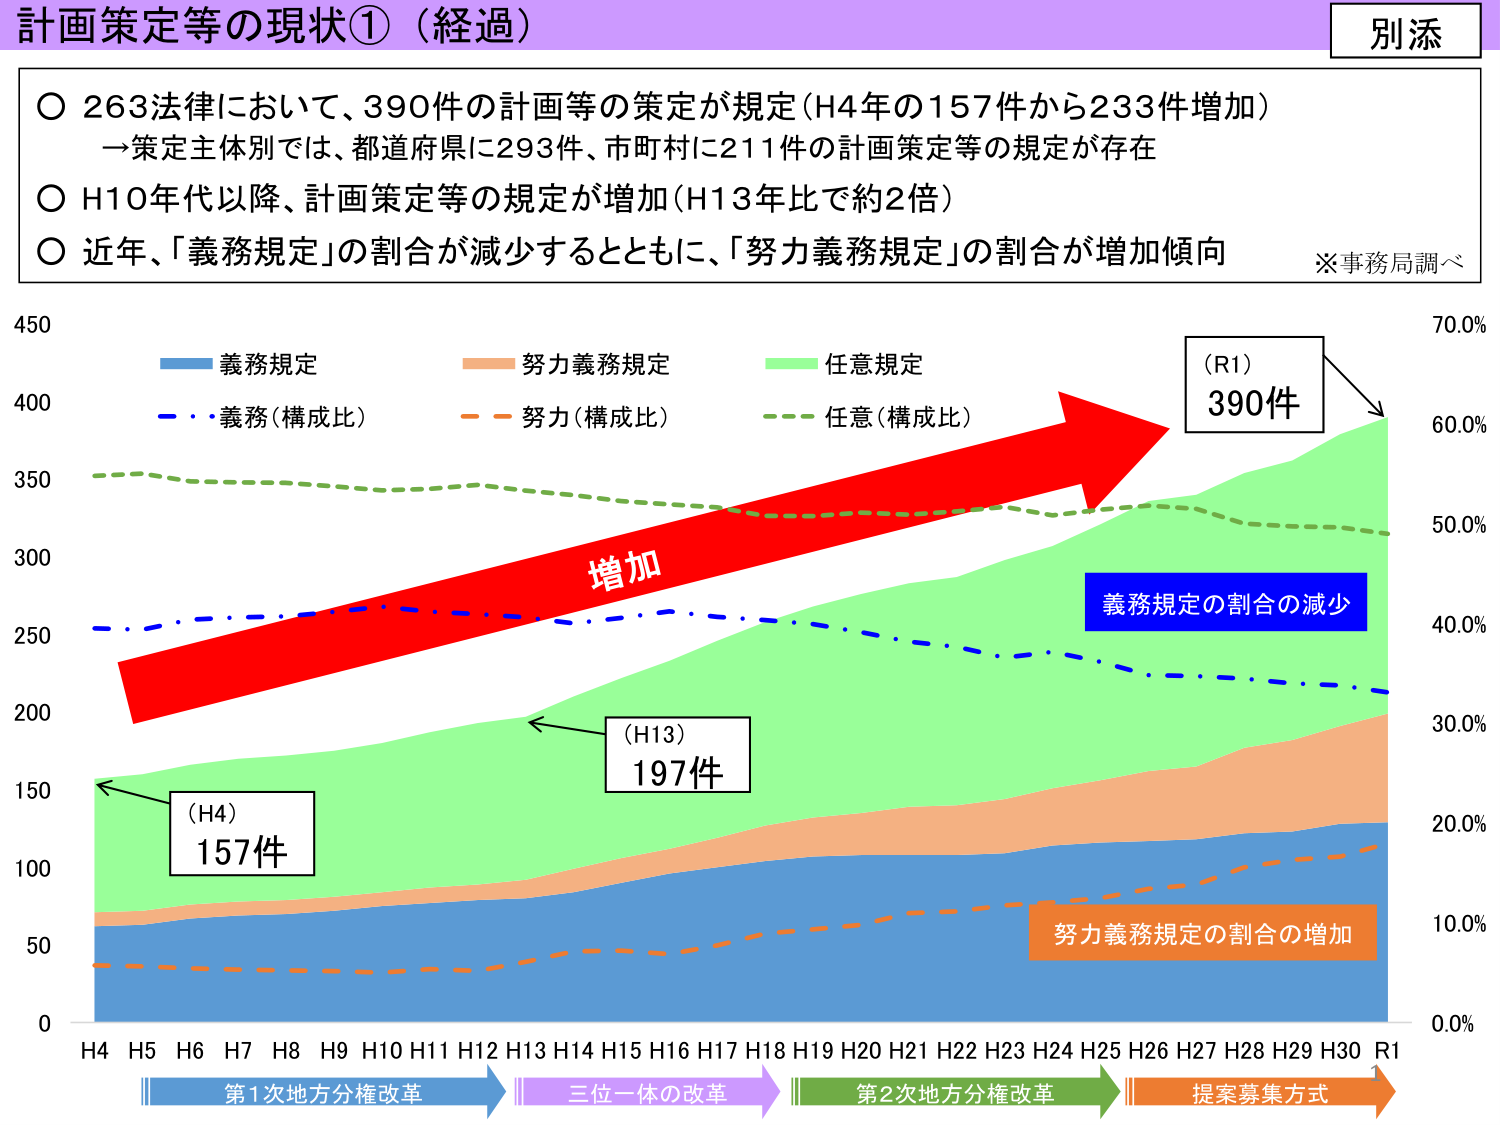
計画策定等の現状①（経過）
別添

○ 263法律において、390件の計画等の策定が規定（H4年の157件から233件増加）
→策定主体別では、都道府県に293件、市町村に211件の計画策定等の規定が存在
○ H10年代以降、計画策定等の規定が増加（H13年比で約2倍）
○ 近年、「義務規定」の割合が減少するとともに、「努力義務規定」の割合が増加傾向
※事務局調べ

450
70.0%
400
60.0%
390件
(R1)
350
50.0%
増加
300
義務規定の割合の減少
250
40.0%
200
30.0%
197件
(H13)
150
20.0%
157件
(H4)
100
10.0%
50
0.0%
0
H4 H5 H6 H7 H8 H9 H10 H11 H12 H13 H14 H15 H16 H17 H18 H19 H20 H21 H22 H23 H24 H25 H26 H27 H28 H29 H30 R1
第1次地方分権改革
三位一体の改革
第2次地方分権改革
提案募集方式
1

義務規定
努力義務規定
任意規定
義務（構成比）
努力（構成比）
任意（構成比）
努力義務規定の割合の増加